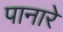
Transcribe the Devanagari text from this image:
पानारे